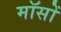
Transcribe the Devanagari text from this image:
मॉसों